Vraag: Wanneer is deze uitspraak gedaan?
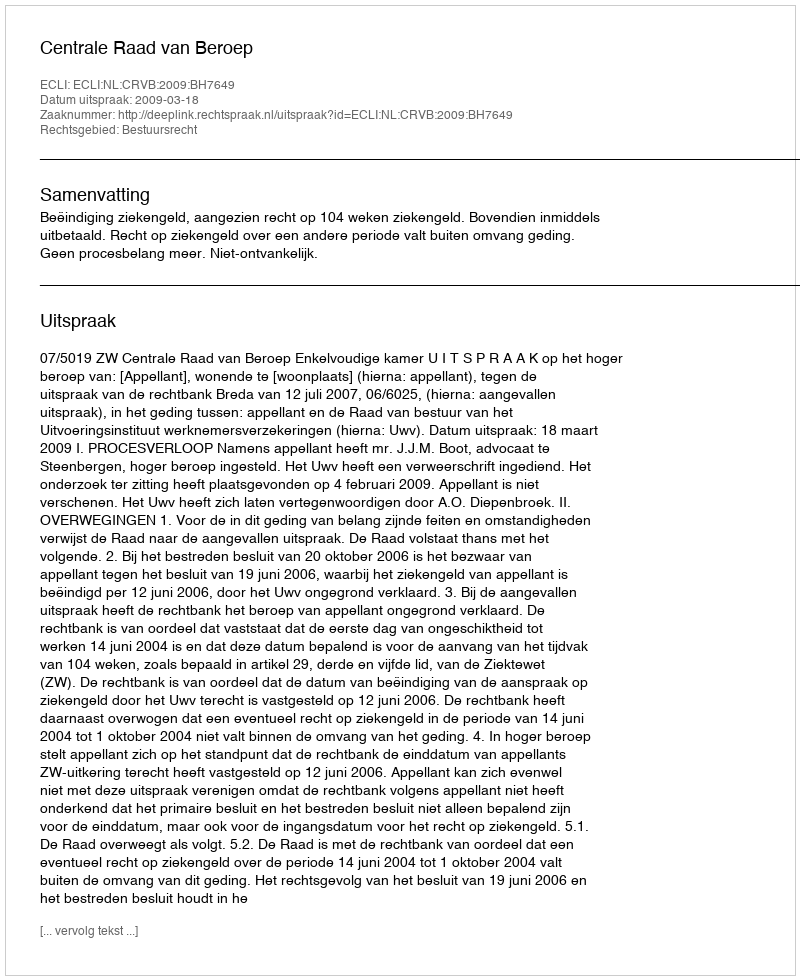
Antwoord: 2009-03-18